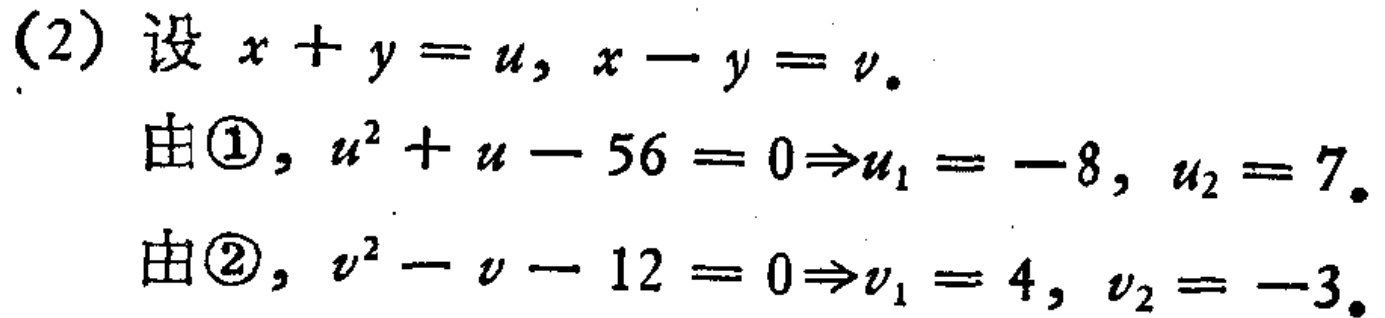
(2) 设 \(x + y = u,\ x - y = v\).
由\textcircled{1}, \(u^{2}+u - 56 = 0\Rightarrow u_{1}=-8,\ u_{2}=7\).
由\textcircled{2}, \(v^{2}-v - 12 = 0\Rightarrow v_{1}=4,\ v_{2}=-3\).